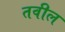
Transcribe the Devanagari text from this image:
तवील